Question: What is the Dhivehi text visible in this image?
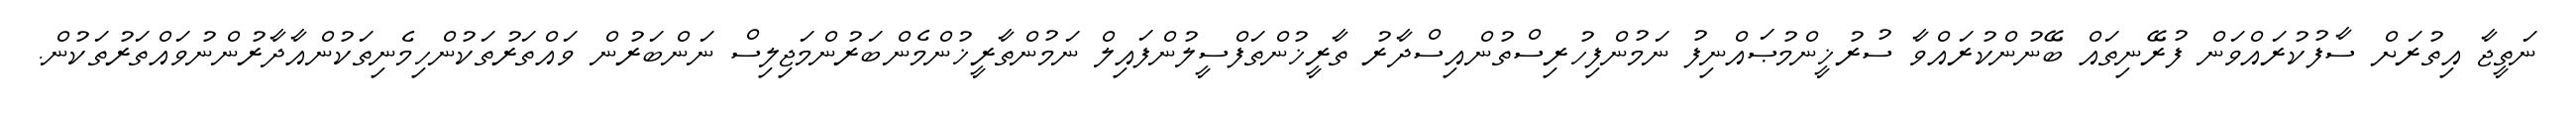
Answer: ނަތީޖާ އިތުރަށް ސާފުކުރައްވަން ފުރޭނިތައް ބޭނުންކުރައްވާ ސުރުޚީންމުޞައްނިފު ނަމުންފިހުރިސްތުންއިސްދާރު ތާރީޚުންތަފްސީލުންފައިލް ނަމުންތާރީޚުންމެންބަރުންމަޖިލިސް ނަންބަރުން ވައްތަރުތަކުންހިމެނިތަކުންއާދާރުންނުވައްތަރުތަކުން.